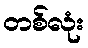
တစ်လုံး